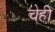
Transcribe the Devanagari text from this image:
चेही